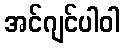
အင်ဂျင်ပါဝါ